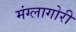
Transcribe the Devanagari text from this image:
मंग्लागोरी